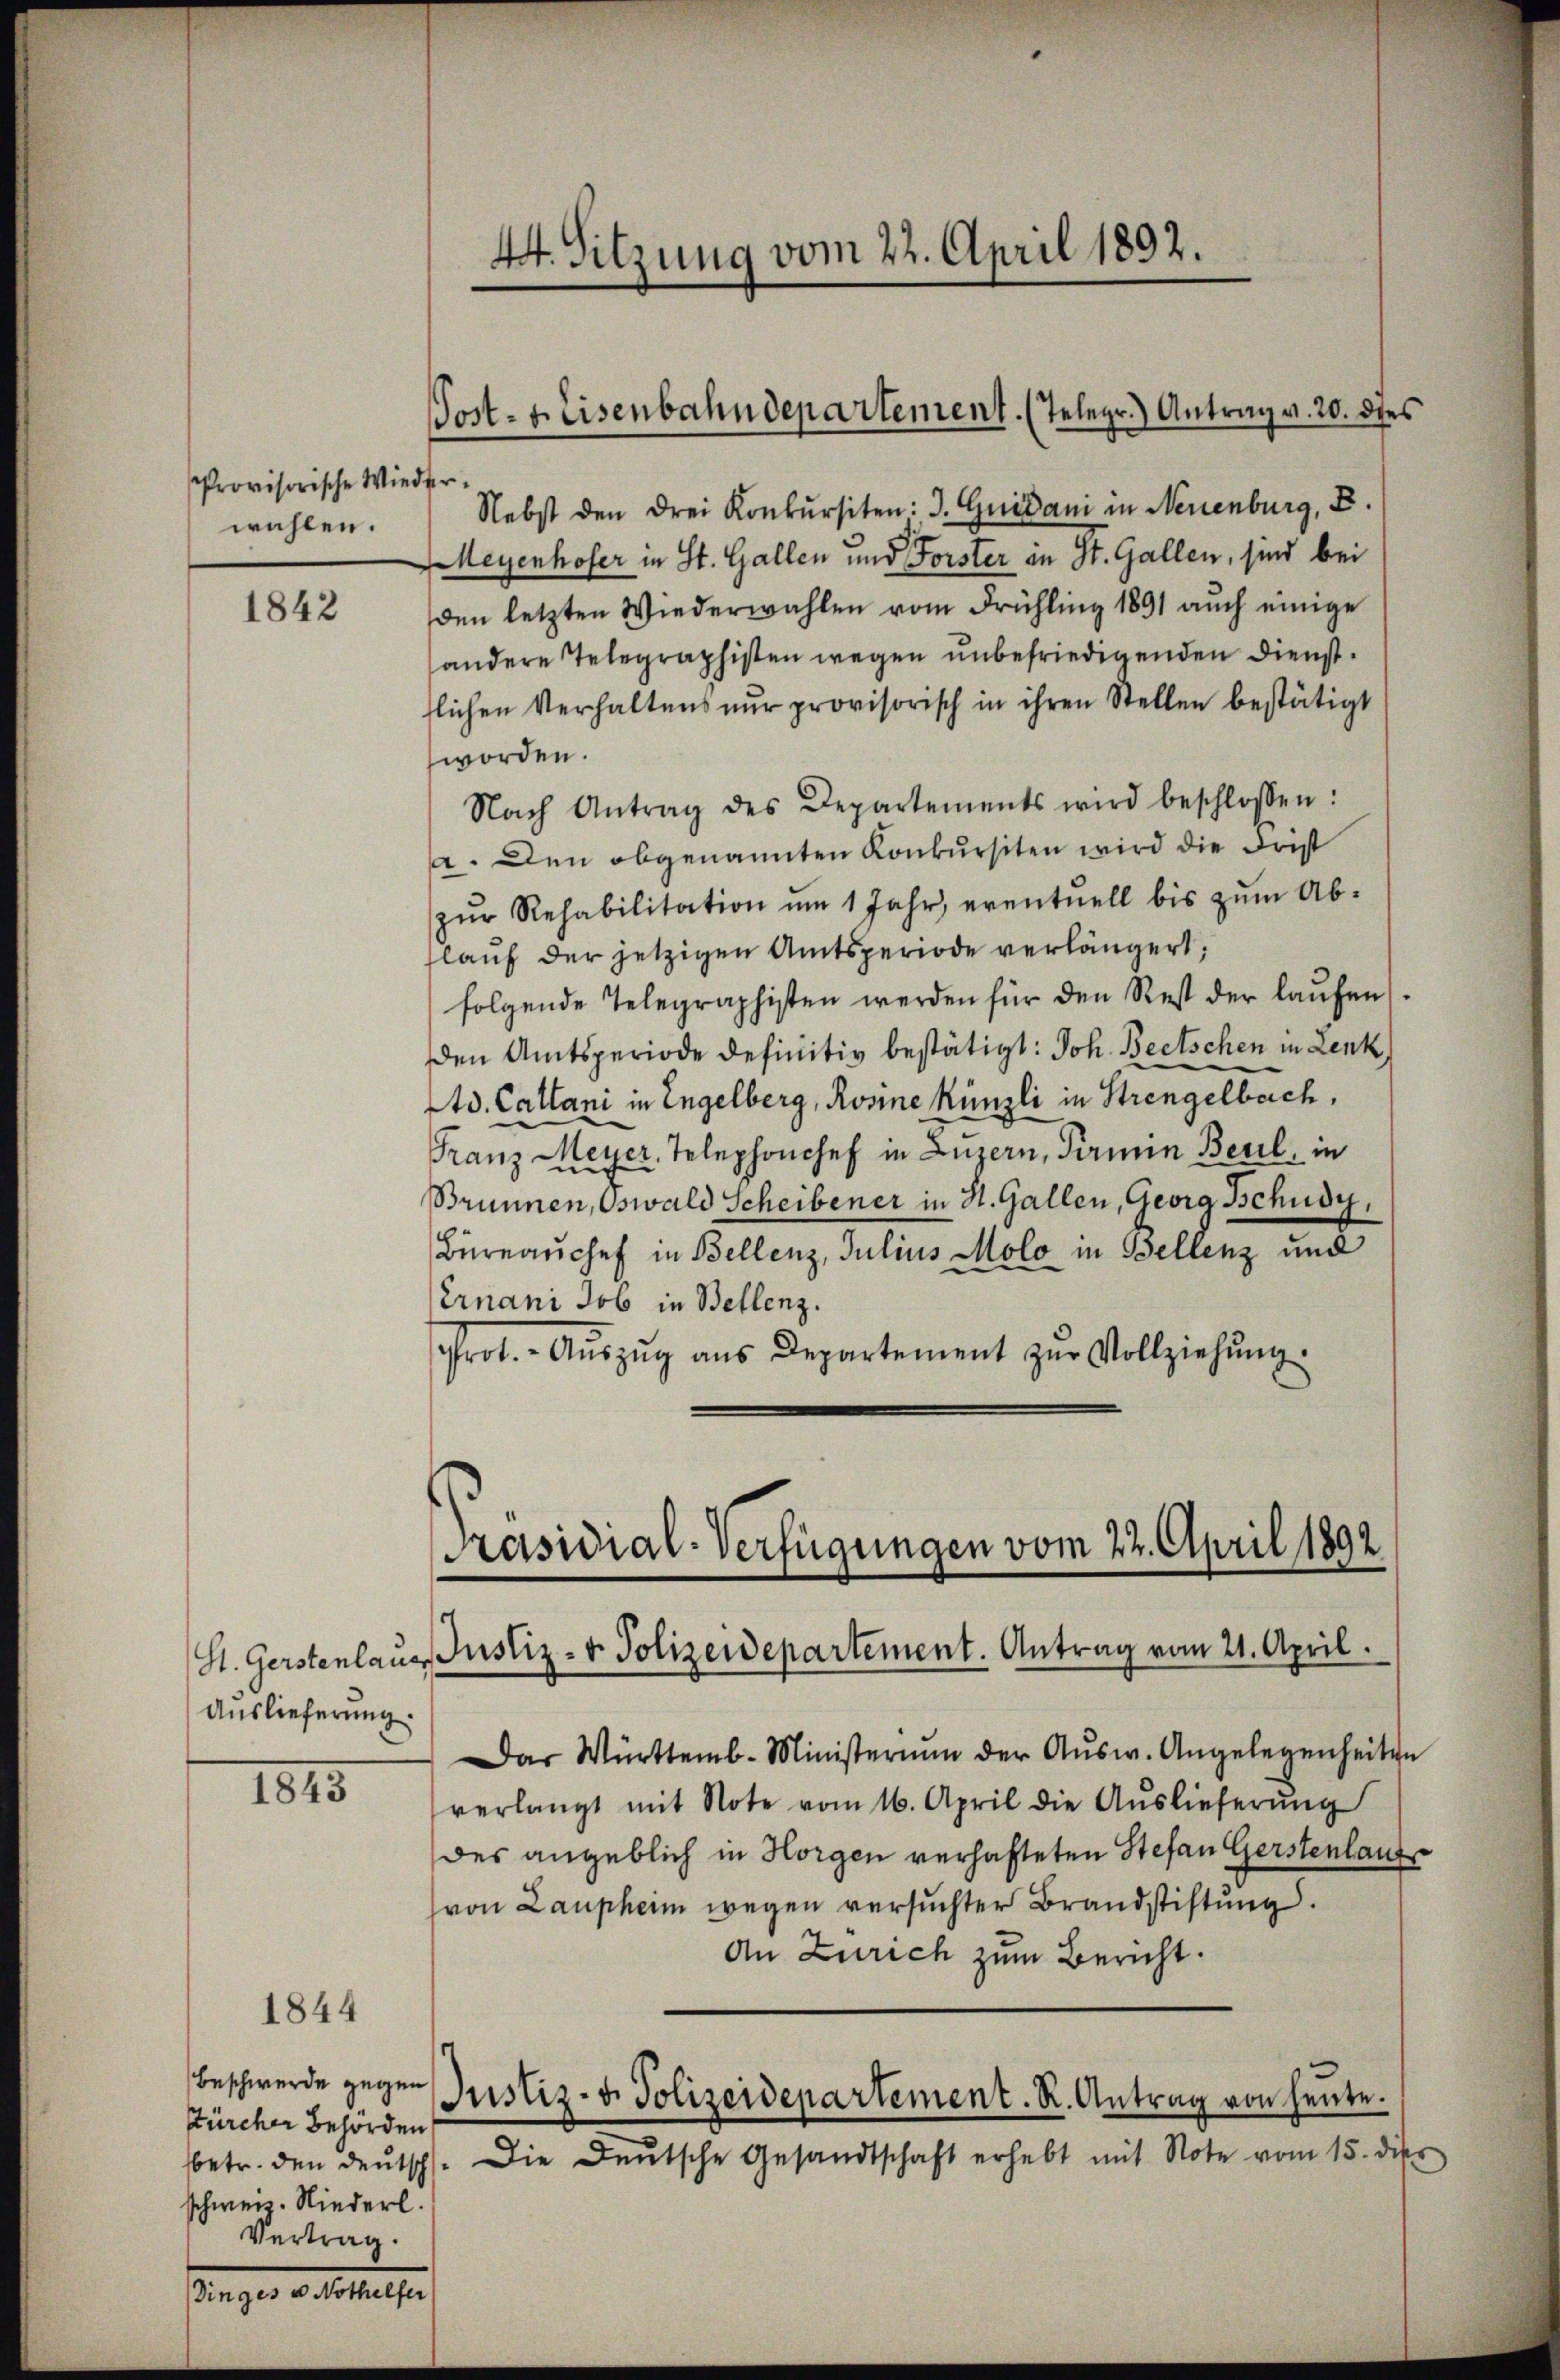
Provisorische Wied
wahlen.

1842

St. Gerstenlaus
Auslieferung.

1845

1844

Beschwerde gegen
Zürcher Behörden
betr. den deutsch
schweiz. Niederl.
Vertrag.

Dinger de testalten

44. Sitzung vom 22. April 1892.

Post- u. Eisenbahndepartement. (Telegr.) Antrag v. 20. dies

er
Nebst den drei Konkursiten: J. Guidani in Neuenburg, E.
Meyenhofer in St. Gallen und Forster an St. Gallen, sind bei
den letzten Wiederwahlen vom Frühling 1891 auch einige
andere Telegraphisten wegen unbefriedigenden Diensttlichen Verhaltens nŭr provisorisch in ihren Stellen bestätigt
worden.
Nach Antrag des Departements wird beschlossen:
a. Den abgenannten Konkursiten wird die Frist
zŭr Rehabilitation um 1 Jahr, eventuell bis zŭm Ab-
lauf der jetzigen Amtsperiode verlängert;
folgende Telegraphisten werden für den Rest der laŭfen
den Amtsperiode definitiv bestätigt: Joh. Beetschen in Lenk.
Ad. Callani in Engelberg, Rosine Künzli in Strengelbach,
Franz Meyer, Telephonchef in Luzern, Termin Beril, in
Brunnen, Oswald Scheibener in St. Gallen, Georg Schusy,
Büreaŭchef in Bellenz, Julius Molo in Bellenz und
Ernani Job in Bellenz.
Prot. Aŭszŭg aŭs Departement zŭr Vollziehŭng.
Justiz- & Polizeidepartement. Antrag vom 21. April.
Das Württemb. Ministerium der Aŭsw. Angelegenheiten
verlangt mit Note vom 16. April die Aŭslieferŭng
des angeblich in Horgen verhafteten Stefan Gerstenlaufs
von Lauphern wegen versuchter Brandstiftung.
An Zürich zum Bericht.
Justiz- u. Polizeidepartement. R. Antrag von heute.
Die Deutsche Gesandtschaft erhebt mit Note vom 15. die

Präsidial-Verfügungen vom 22. April 1892.